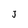
Character: J